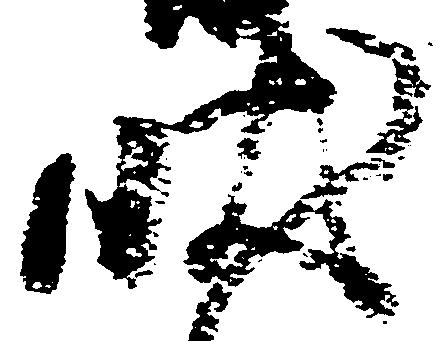
状